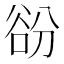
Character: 𧮱